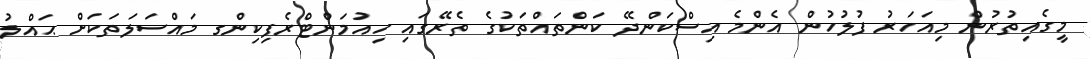
މީގެއިތުރުން މިއަހަރު ފުލުހުން އެންމެ އިސްކަންދޭ ކަންތައްތަކުގެ ތެރޭގައި ހިއުމަންޓްރެފިކިންގ މައްސަލަތަކަށް ޙައްލު